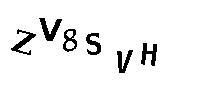
ZV8SVH